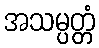
အသမ္ပတ္တံ